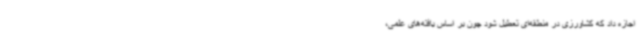
اجازه داد که کشاورزی در منطقه‌ای تعطیل شود چون بر اساس یافته‌های علمی،